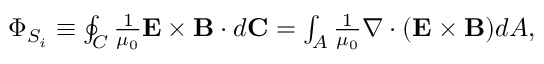
\begin{array} { r } { \Phi _ { S _ { i } } \equiv \oint _ { C } \frac { 1 } { \mu _ { 0 } } { \bf E } \times { \bf B } \cdot d { \bf C } = \int _ { A } \frac { 1 } { \mu _ { 0 } } \nabla \cdot ( { \bf E } \times { \bf B } ) d A , } \end{array}